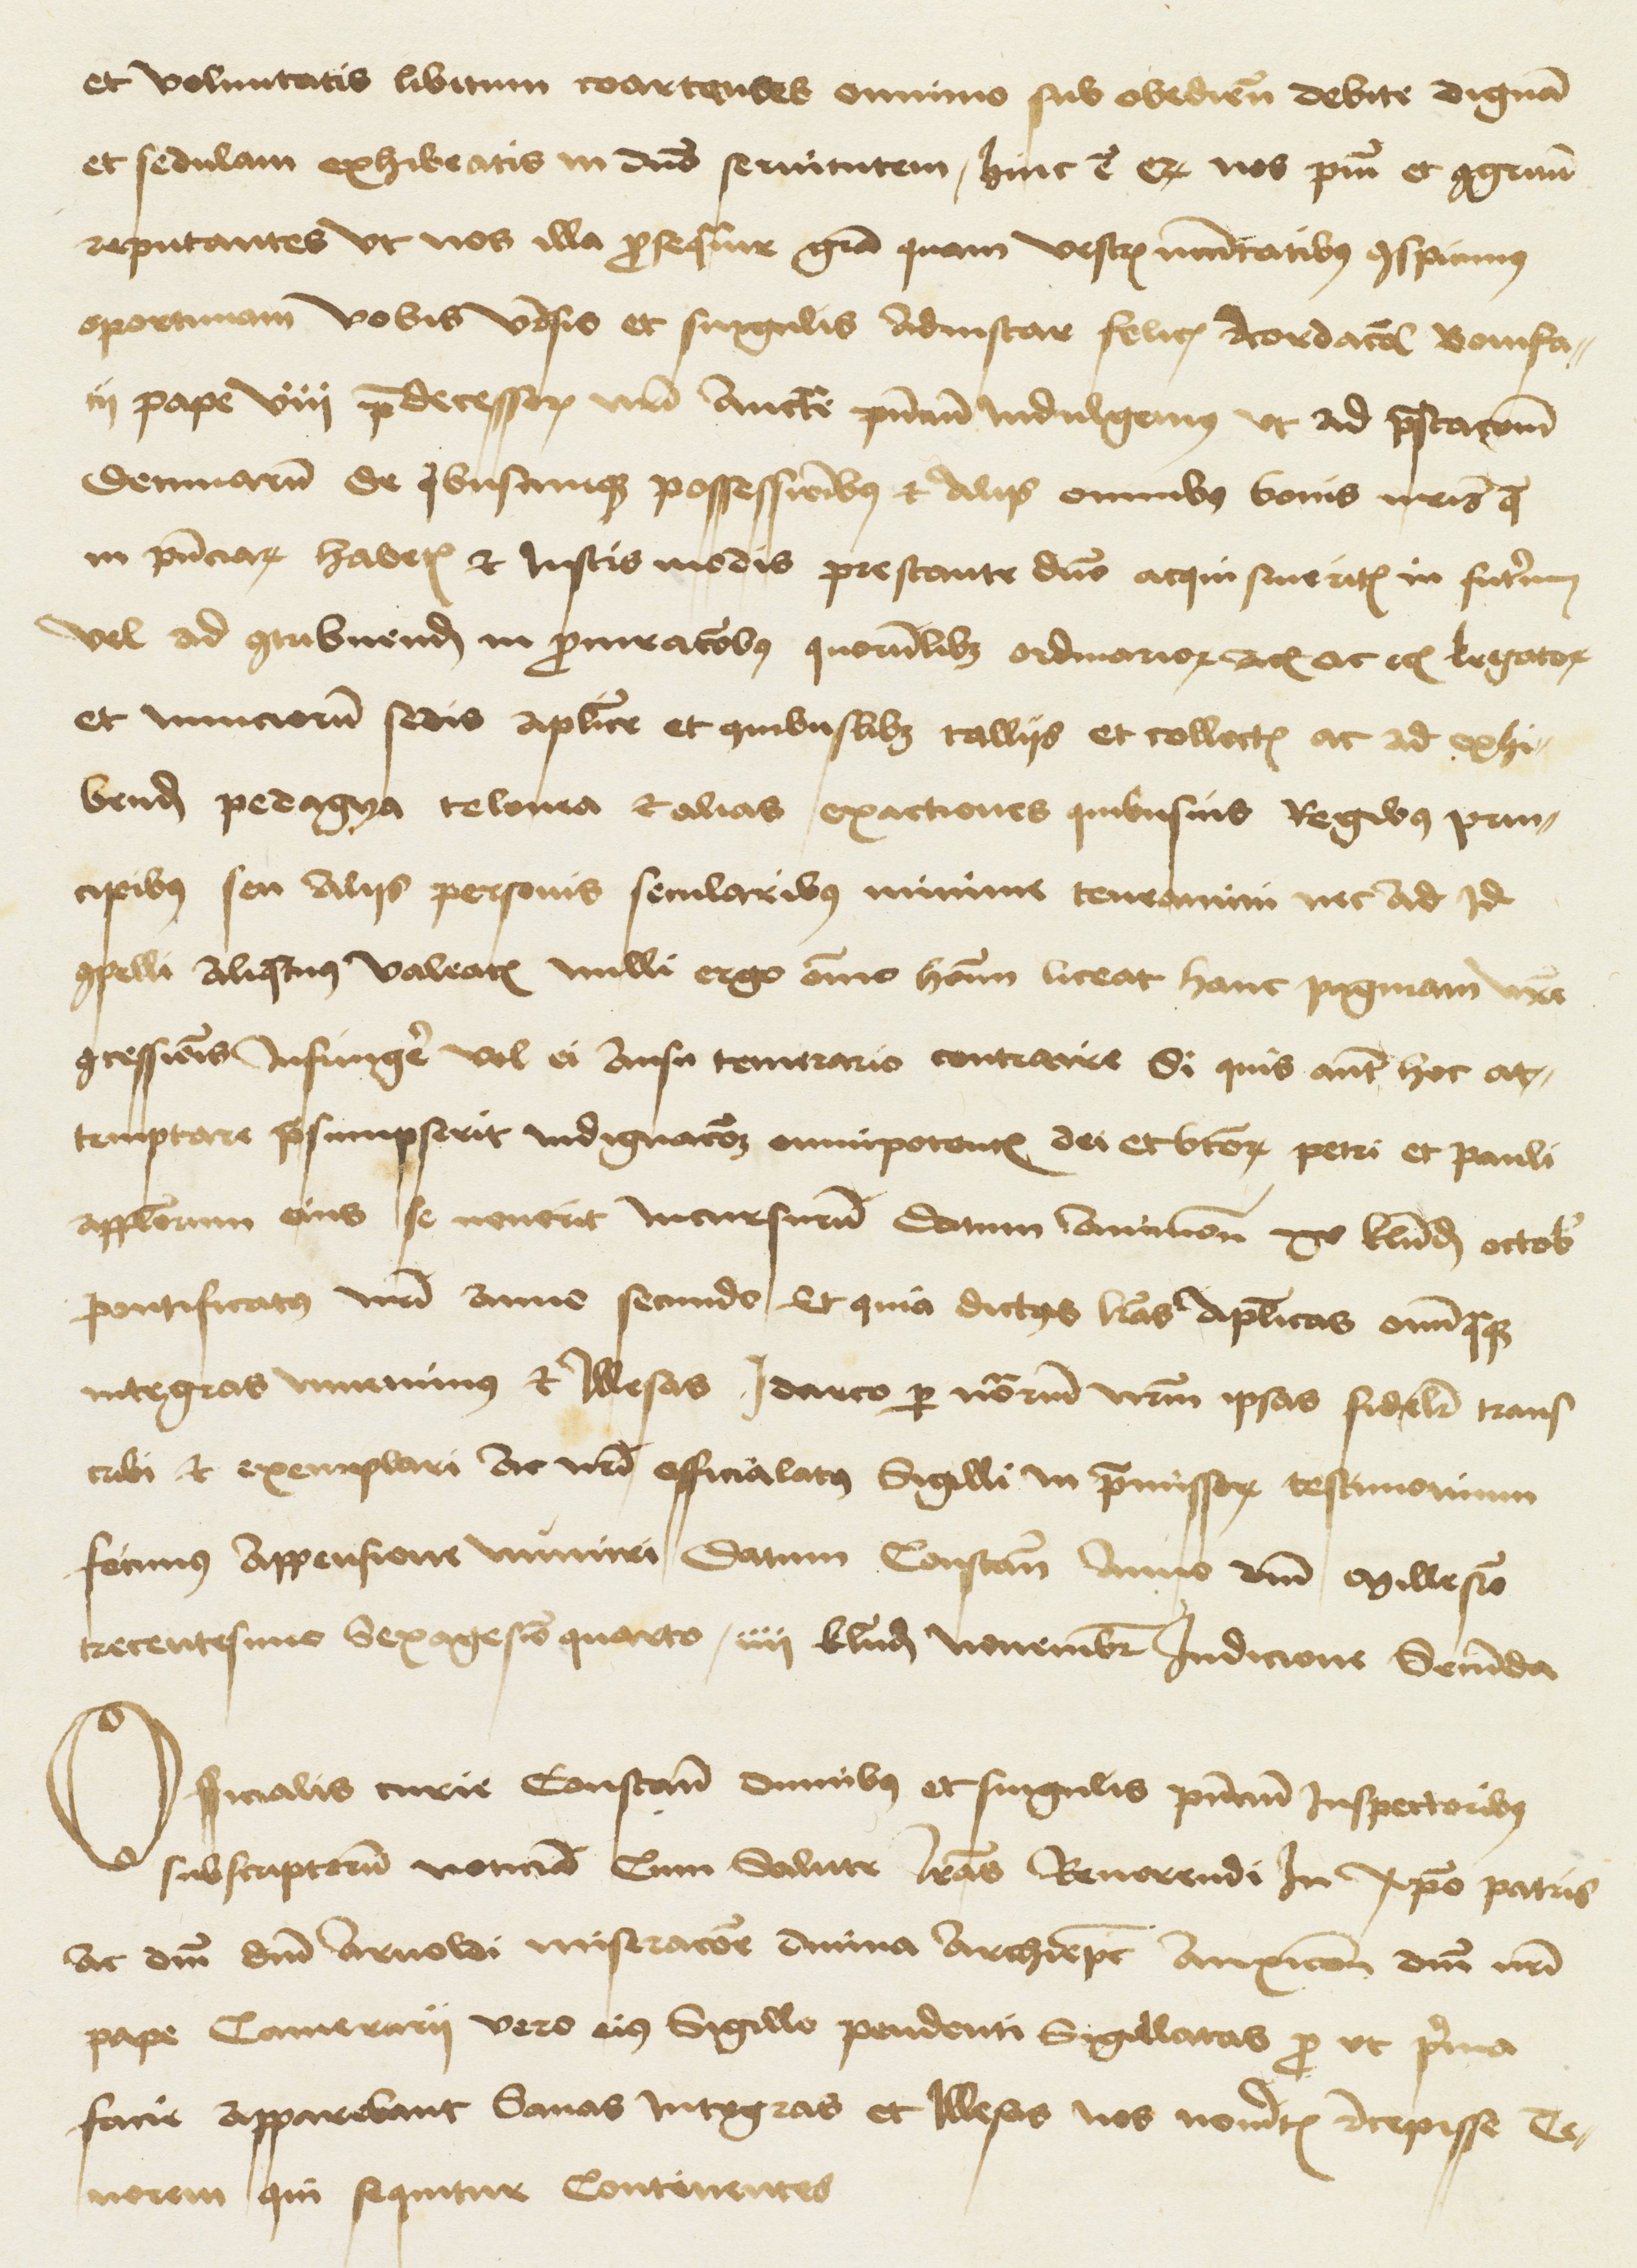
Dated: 1480–1528